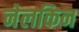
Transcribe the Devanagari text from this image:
नेलकिन